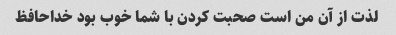
لذت از آن من است صحبت کردن با شما خوب بود خداحافظ